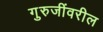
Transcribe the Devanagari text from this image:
गुरुजींवरील